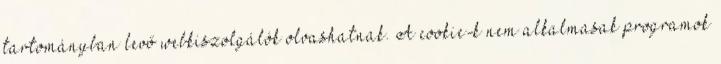
tartományban levő webkiszolgálók olvashatnak. A cookie-k nem alkalmasak programok